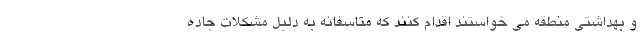
و بهداشتی منطقه می خواستند اقدام کنند که متاسفانه به دلیل مشکلات جاده